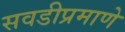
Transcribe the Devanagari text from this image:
सवडीप्रमाणे